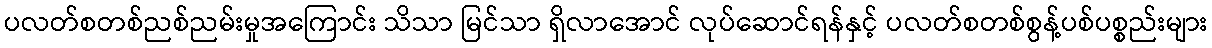
ပလတ်စတစ်ညစ်ညမ်းမှုအကြောင်း သိသာ မြင်သာ ရှိလာအောင် လုပ်ဆောင်ရန်နှင့် ပလတ်စတစ်စွန့်ပစ်ပစ္စည်းများ